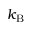
k _ { \mathrm { B } }